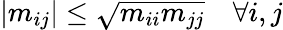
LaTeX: \left|m_{ij}\right|\leq{\sqrt{m_{ii}m_{jj}}}\quad\forall i,j